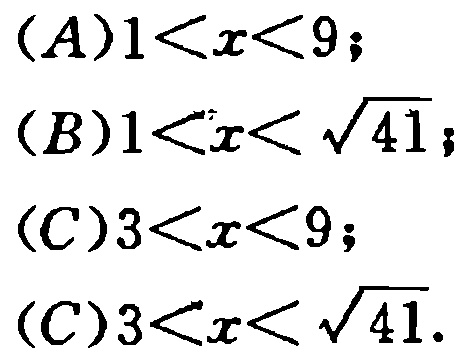
(A)$1<x<9$;

(B)$1<x<\sqrt{41}$;

(C)$3<x<9$;

(D)$3<x<\sqrt{41}$.